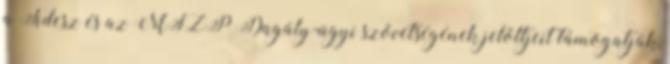
a Fidesz és az MSZP Dagály-ügyi szövetségének jelöltjeit támogatják,